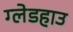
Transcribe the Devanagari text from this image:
ग्लेडहाउ